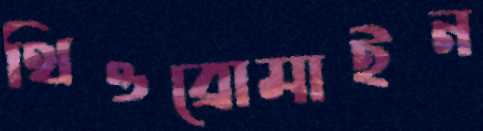
থিওব্রোমাইন